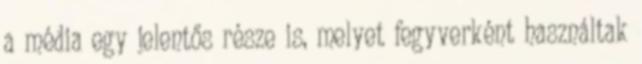
a média egy jelentős része is, melyet fegyverként használtak